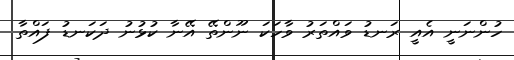
ހުންނަނީ އެއީ ރަނޑު ވައްތަރު ވާހަކަ ނޫންތޭ އޭނާ ކުޅުނު ދަކަނޑު ފައްތާ